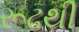
રૂઢથી